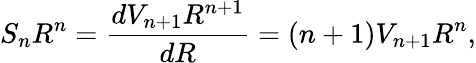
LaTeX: S_{n}R^{n}={\frac{dV_{n+1}R^{n+1}}{dR}}={(n+1)V_{n+1}R^{n}},